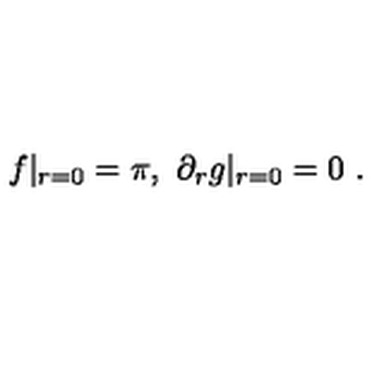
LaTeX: f | _ { r = 0 } = \pi , \ \partial _ { r } g | _ { r = 0 } = 0 \ .